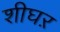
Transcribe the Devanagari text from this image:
शीघऱ